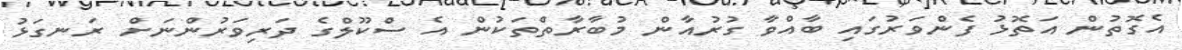
އެގޮތުން އަތޮޅު ފެންވަރުގައި ބާއްވާ ގުރުއާން މުބާރާތްތަކުން އެ ސްކޫލްގެ ދަރިވަރުންނަށް ރަނގަޅު